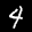
Label: 4